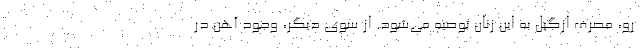
رو، مصرف ازگیل به این زنان توصیه می‌شود. از سوی دیگر، وجود آهن در